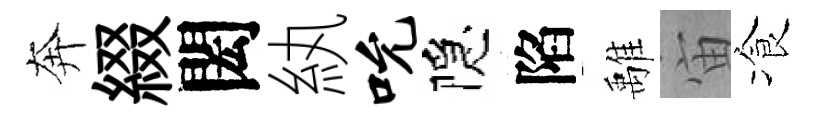
奔綴閎紈吮隠陷𩀌宙飡